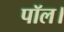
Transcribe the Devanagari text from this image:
पॉल।